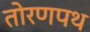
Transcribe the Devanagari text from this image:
तोरणपथ